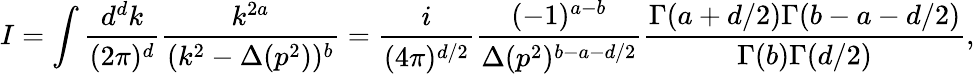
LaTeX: I=\int\frac{d^{d}k}{(2\pi)^{d}}\frac{k^{2a}}{(k^{2}-\Delta(p^{2}))^{b}}=\frac{i}{(4\pi)^{d/2}}\frac{(-1)^{a-b}}{\Delta(p^{2})^{b-a-d/2}}\frac{\Gamma(a+d/2)\Gamma(b-a-d/2)}{\Gamma(b)\Gamma(d/2)},